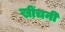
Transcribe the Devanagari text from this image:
खींचनी